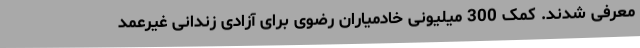
معرفی شدند. کمک 300 میلیونی خادمیاران رضوی برای آزادی زندانی غیرعمد